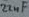
Text: 22nF